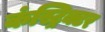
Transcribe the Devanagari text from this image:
कंस्ट्रिक्टर